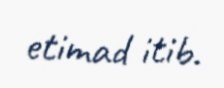
etimad itib.